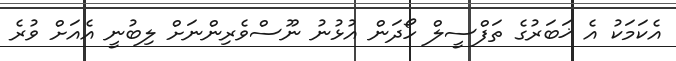
އެކަމަކު އެ ޚަބަރުގެ ތަފްސީލް ހޯދަން އުޅުނު ނޫސްވެރިންނަށް ލިބުނީ އެއަށް ވުރެ